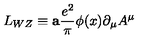
L _ { W Z } \equiv { \bf a } { \frac { e ^ { 2 } } { \pi } } \phi ( x ) \partial _ { \mu } A ^ { \mu }